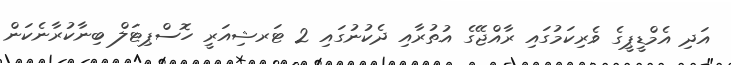
އަދި އެމްޑީޕީގެ ވެރިކަމުގައި ރާއްޖޭގެ އުތުރާއި ދެކުނުގައި 2 ޓަރޝިއަރީ ހޮސްޕިޓަލް ބިނާކުރާނެކަން